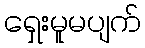
ရှေးမူမပျက်